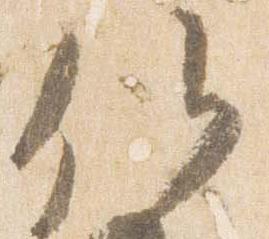
候